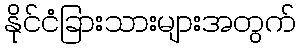
နိုင်ငံခြားသားများအတွက်